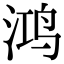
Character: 鸿